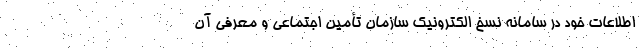
اطلاعات خود در سامانه نسخ الکترونیک سازمان تأمین اجتماعی و معرفی آن